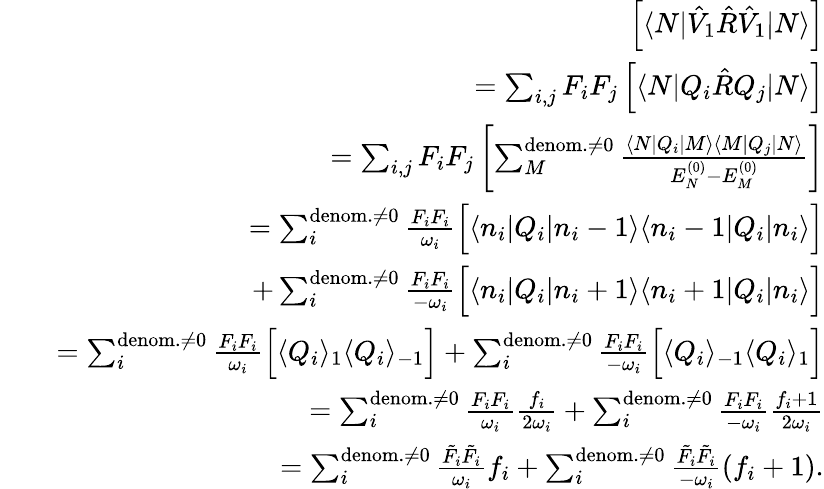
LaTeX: \begin{array}{rlr}&{}&{\left[\langle N|\hat{V}_{1}\hat{R}\hat{V}_{1}|N\rangle\right]}\\ &{}&{=\sum_{i,j}F_{i}F_{j}\left[\langle N|Q_{i}\hat{R}Q_{j}|N\rangle\right]}\\ &{}&{=\sum_{i,j}F_{i}F_{j}\left[\sum_{M}^{\mathrm{denom.}\neq 0}\frac{\langle N|Q_{i}|M\rangle\langle M|Q_{j}|N\rangle}{E_{N}^{(0)}-E_{M}^{(0)}}\right]}\\ &{}&{=\sum_{i}^{\mathrm{denom.}\neq 0}\frac{F_{i}F_{i}}{\omega_{i}}\Big[\langle n_{i}|Q_{i}|n_{i}-1\rangle\langle n_{i}-1|Q_{i}|n_{i}\rangle\Big]}\\ &{}&{+\sum_{i}^{\mathrm{denom.}\neq 0}\frac{F_{i}F_{i}}{-\omega_{i}}\Big[\langle n_{i}|Q_{i}|n_{i}+1\rangle\langle n_{i}+1|Q_{i}|n_{i}\rangle\Big]}\\ &{}&{=\sum_{i}^{\mathrm{denom.}\neq 0}\frac{F_{i}F_{i}}{\omega_{i}}\Big[\langle Q_{i}\rangle_{1}\langle Q_{i}\rangle_{-1}\Big]+\sum_{i}^{\mathrm{denom.}\neq 0}\frac{F_{i}F_{i}}{-\omega_{i}}\Big[\langle Q_{i}\rangle_{-1}\langle Q_{i}\rangle_{1}\Big]}\\ &{}&{=\sum_{i}^{\mathrm{denom.}\neq 0}\frac{F_{i}F_{i}}{\omega_{i}}\frac{f_{i}}{2\omega_{i}}+\sum_{i}^{\mathrm{denom.}\neq 0}\frac{F_{i}F_{i}}{-\omega_{i}}\frac{f_{i}+1}{2\omega_{i}}}\\ &{}&{=\sum_{i}^{\mathrm{denom.}\neq 0}\frac{\tilde{F}_{i}\tilde{F}_{i}}{\omega_{i}}{f_{i}}+\sum_{i}^{\mathrm{denom.}\neq 0}\frac{\tilde{F}_{i}\tilde{F}_{i}}{-\omega_{i}}{(f_{i}+1)}.}\end{array}